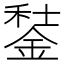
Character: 𨧭